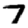
Digit: 7